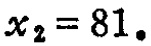
\(x_{2}=81.\)